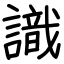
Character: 識